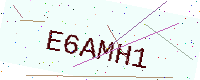
Text: E6AMH1